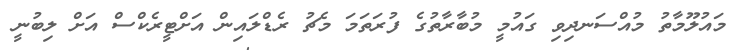
މައުލޫމާތު މުއްސަނދިވި ގައުމީ މުބާރާތުގެ ފުރަތަމަ މެޗު ރެޑްލައިން އަށްޓީރެކްސް އަށް ލިބުނީ